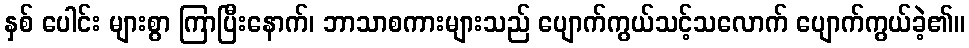
နှစ် ပေါင်း များစွာ ကြာပြီးနောက်၊ ဘာသာစကားများသည် ပျောက်ကွယ်သင့်သလောက် ပျောက်ကွယ်ခဲ့၏။